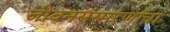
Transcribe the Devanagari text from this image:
जीवनसंस्मरणांचा